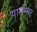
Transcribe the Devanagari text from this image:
यालम्बर